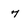
Character: 7